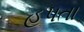
હપતા